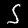
Digit: 5